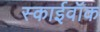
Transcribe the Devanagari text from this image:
स्काईवॉक